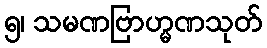
၅၊ သမဏဗြာဟ္မဏသုတ်